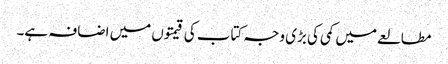
مطالعے میں کمی کی بڑی وجہ کتاب کی قیمتوں میں اضافہ ہے۔